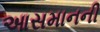
આસમાનની